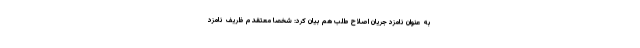
به عنوان نامزد جریان اصلاح طلب هم بیان کرد: شخصا معتقدم ظریف نامزد